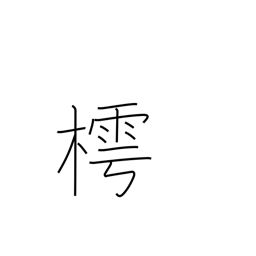
Meaning: Japanese bead tree